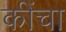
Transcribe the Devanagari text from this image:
कींचा